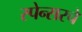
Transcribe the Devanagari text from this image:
स्पेन्सरचे